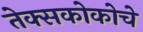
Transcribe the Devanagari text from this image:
तेक्सकोकोचे